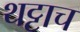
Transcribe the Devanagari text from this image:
थट्टाच